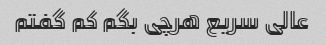
عالی سریع هرچی بگم کم گفتم